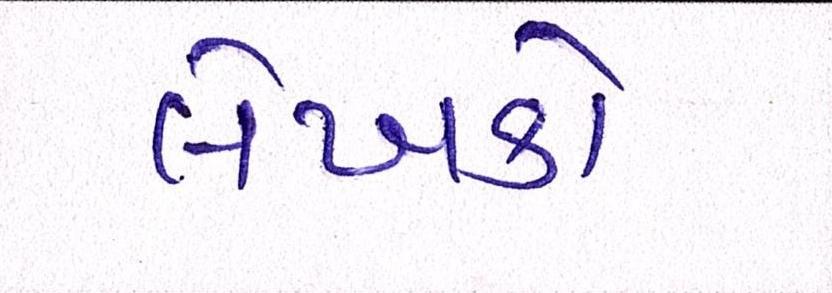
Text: લેખકો